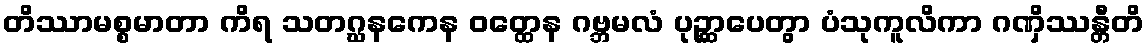
တိဿာမစ္စမာတာ ကိရ သတဂ္ဃနကေန ဝတ္ထေန ဂဗ္ဘမလံ ပုဉ္ဆာပေတွာ ပံသုကူလိကာ ဂဏှိဿန္တီတိ